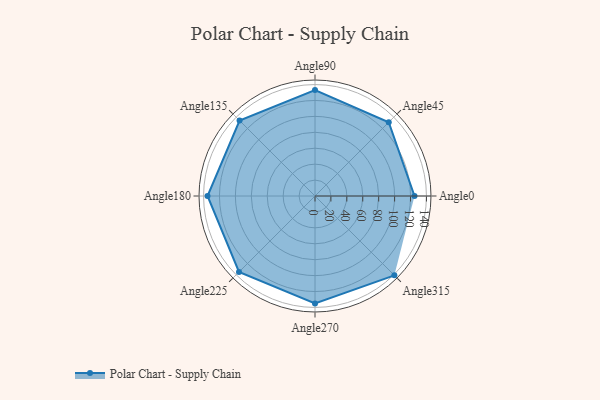
{"axis": {"x": "Angle", "y": "Radius"}, "legend": [""], "data": [{"x": "Angle0", "y": 125.0, "type": ""}, {"x": "Angle45", "y": 131.0, "type": ""}, {"x": "Angle90", "y": 133.0, "type": ""}, {"x": "Angle135", "y": 134.0, "type": ""}, {"x": "Angle180", "y": 135.0, "type": ""}, {"x": "Angle225", "y": 135.0, "type": ""}, {"x": "Angle270", "y": 135.0, "type": ""}, {"x": "Angle315", "y": 141.0, "type": ""}]}